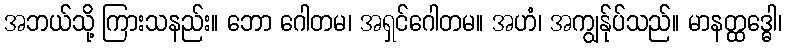
အဘယ်သို့ ကြားသနည်း။ ဘော ဂေါတမ၊ အရှင်ဂေါတမ။ အဟံ၊ အကျွန်ုပ်သည်။ မာနတ္ထဒ္ဓေါ၊